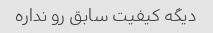
دیگه کیفیت سابق رو نداره